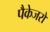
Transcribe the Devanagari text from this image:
पैकेजरों